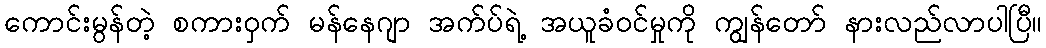
ကောင်းမွန်တဲ့ စကားဝှက် မန်နေဂျာ အက်ပ်ရဲ့ အယူခံဝင်မှုကို ကျွန်တော် နားလည်လာပါပြီ။